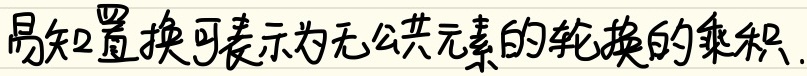
易知置换可表示为无公共元素的轮换的乘积.